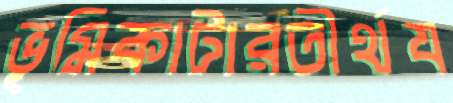
ভূমিকাটারতীর্থয